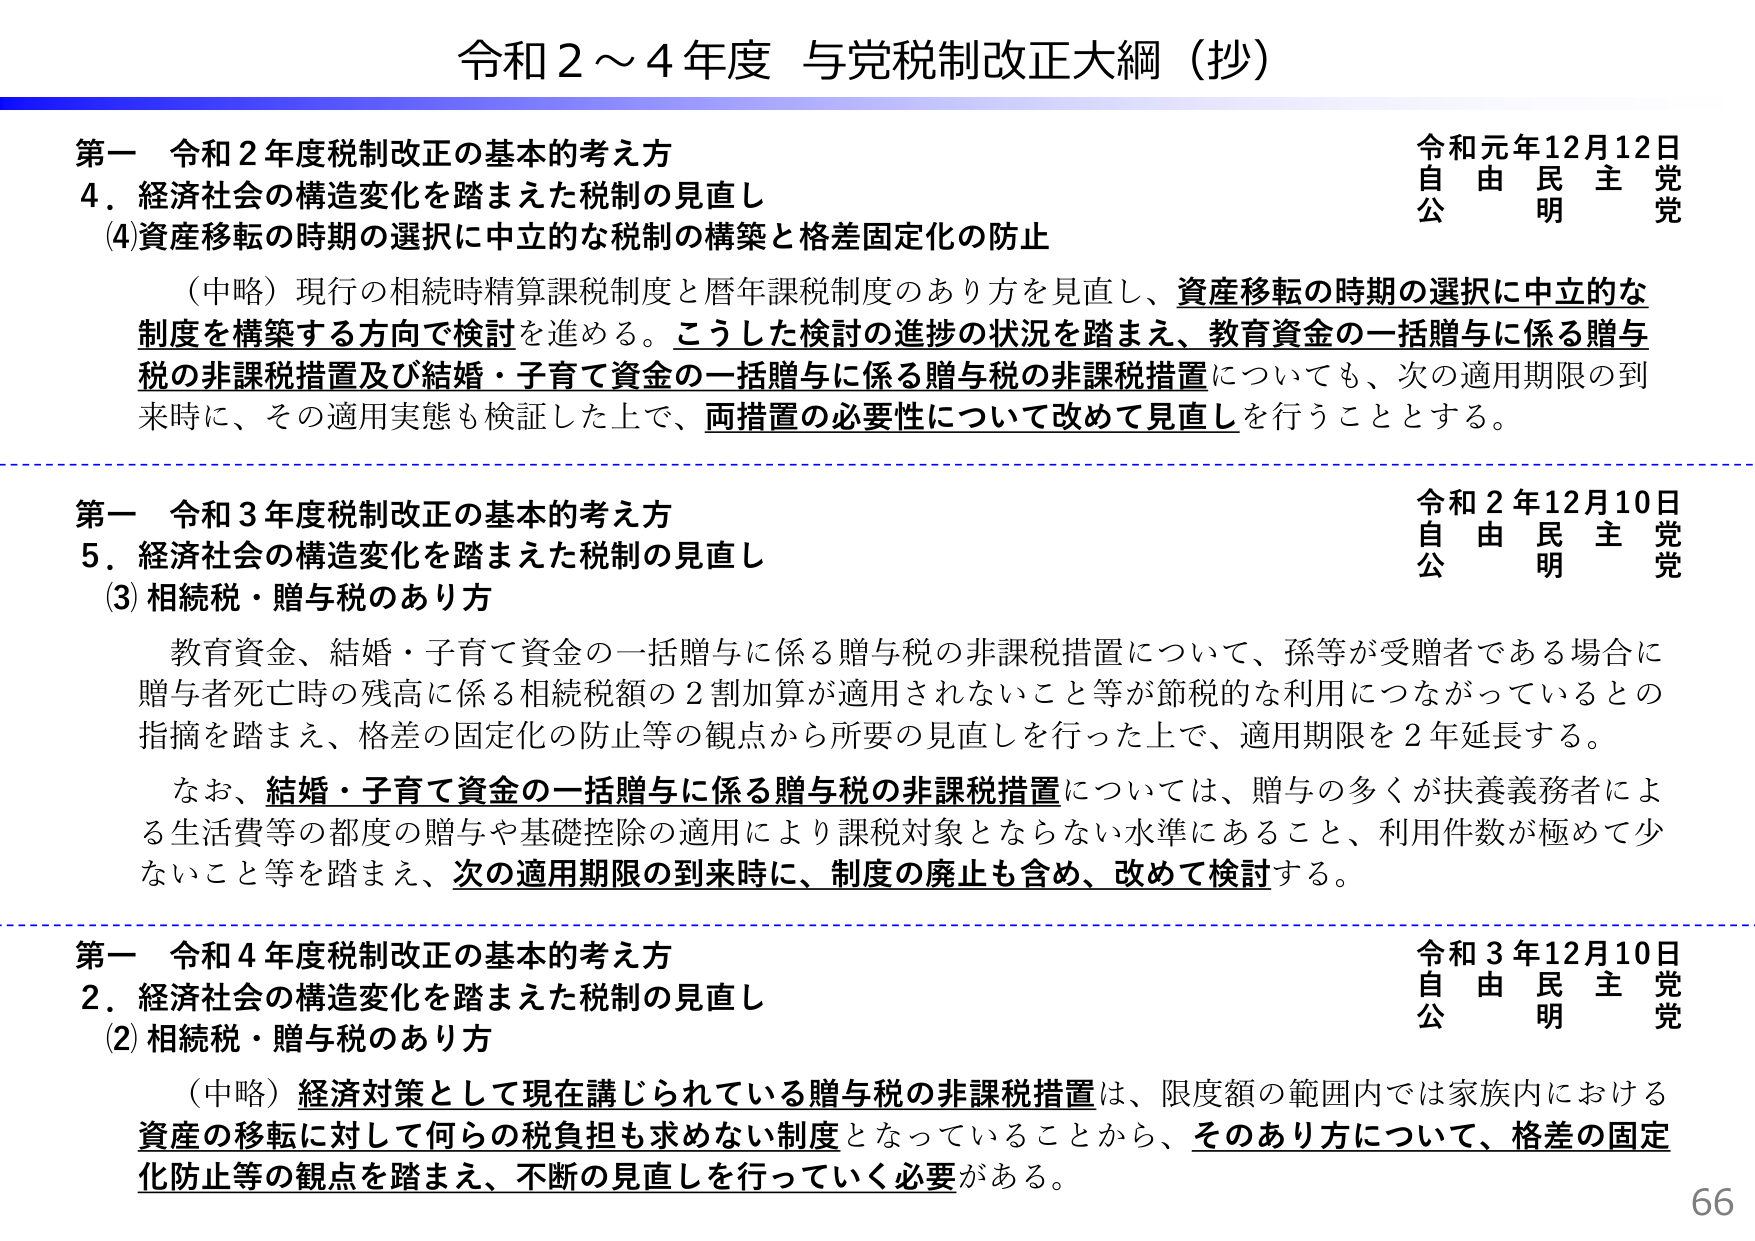
令和２～４年度 与党税制改正大綱（抄）

第一 令和２年度税制改正の基本的考え方
４．経済社会の構造変化を踏まえた税制の見直し
(4)資産移転の時期の選択に中立的な税制の構築と格差固定化の防止

（中略）現行の相続時精算課税制度と暦年課税制度のあり方を見直し、資産移転の時期の選択に中立的な制度を構築する方向で検討を進める。こうした検討の進捗の状況を踏まえ、教育資金の一括贈与に係る贈与税の非課税措置及び結婚・子育て資金の一括贈与に係る贈与税の非課税措置についても、次の適用期限の到来時に、その適用実態も検証した上で、両措置の必要性について改めて見直しを行うこととする。

令和元年12月12日
自由民主党
公明党

第一 令和３年度税制改正の基本的考え方
５．経済社会の構造変化を踏まえた税制の見直し
(3)相続税・贈与税のあり方

教育資金、結婚・子育て資金の一括贈与に係る贈与税の非課税措置について、孫等が受贈者である場合に贈与者死亡時の残高に係る相続税額の２割加算が適用されないこと等が節税的な利用につながっているとの指摘を踏まえ、格差の固定化の防止等の観点から所要の見直しを行った上で、適用期限を２年延長する。

なお、結婚・子育て資金の一括贈与に係る贈与税の非課税措置については、贈与の多くが扶養義務者による生活費等の都度の贈与や基礎控除の適用により課税対象とならない水準にあること、利用件数が極めて少ないこと等を踏まえ、次の適用期限の到来時に、制度の廃止も含め、改めて検討する。

令和２年12月10日
自由民主党
公明党

第一 令和４年度税制改正の基本的考え方
２．経済社会の構造変化を踏まえた税制の見直し
(2)相続税・贈与税のあり方

（中略）経済対策として現在講じられている贈与税の非課税措置は、限度額の範囲内では家族内における資産の移転に対して何らの税負担も求めない制度となっていることから、そのあり方について、格差の固定化防止等の観点を踏まえ、不断の見直しを行っていく必要がある。

令和３年12月10日
自由民主党
公明党

66